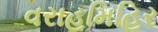
વરાહમિહિર